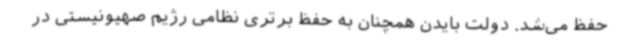
حفظ می‌شد. دولت بایدن همچنان به حفظ برتری نظامی رژیم صهیونیستی در